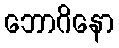
ဘောဂိနော